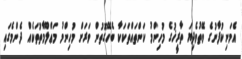
އެމަނިކުފާނުގެ ވޭތުވެދިޔަ ތާރީޚުގެ މުހިންމު ކަންތައްތަކަކާ ބެހޭގޮތުން ވަރަށް މުހިންމު މަޢްލޫމާތުތަކެއް ދެންމެގައި